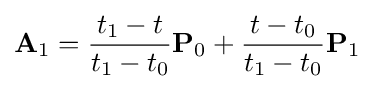
\mathbf {A} _{1}={\frac {t_{1}-t}{t_{1}-t_{0}}}\mathbf {P} _{0}+{\frac {t-t_{0}}{t_{1}-t_{0}}}\mathbf {P} _{1}